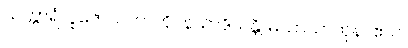
သက္ကာရံ၊ ပူဇော်သကာကို။ နသာဒိယန္တိ၊ မသာယာကုန်။ ဧသ၊